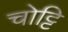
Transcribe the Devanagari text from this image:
चोट्टि